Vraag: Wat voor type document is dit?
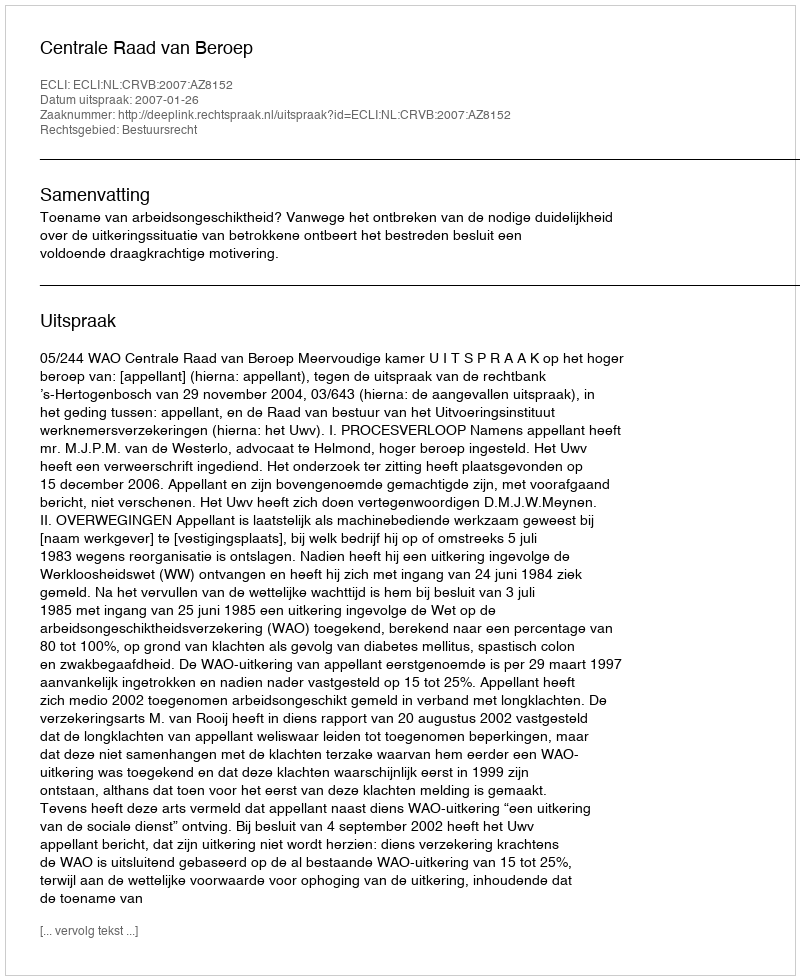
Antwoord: Uitspraak